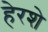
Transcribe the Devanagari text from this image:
हेरशे